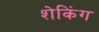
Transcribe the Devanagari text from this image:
शेकिंग